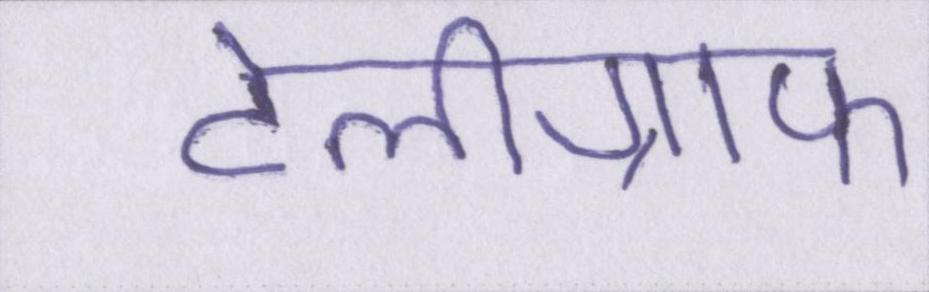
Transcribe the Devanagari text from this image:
टेलीग्राफ